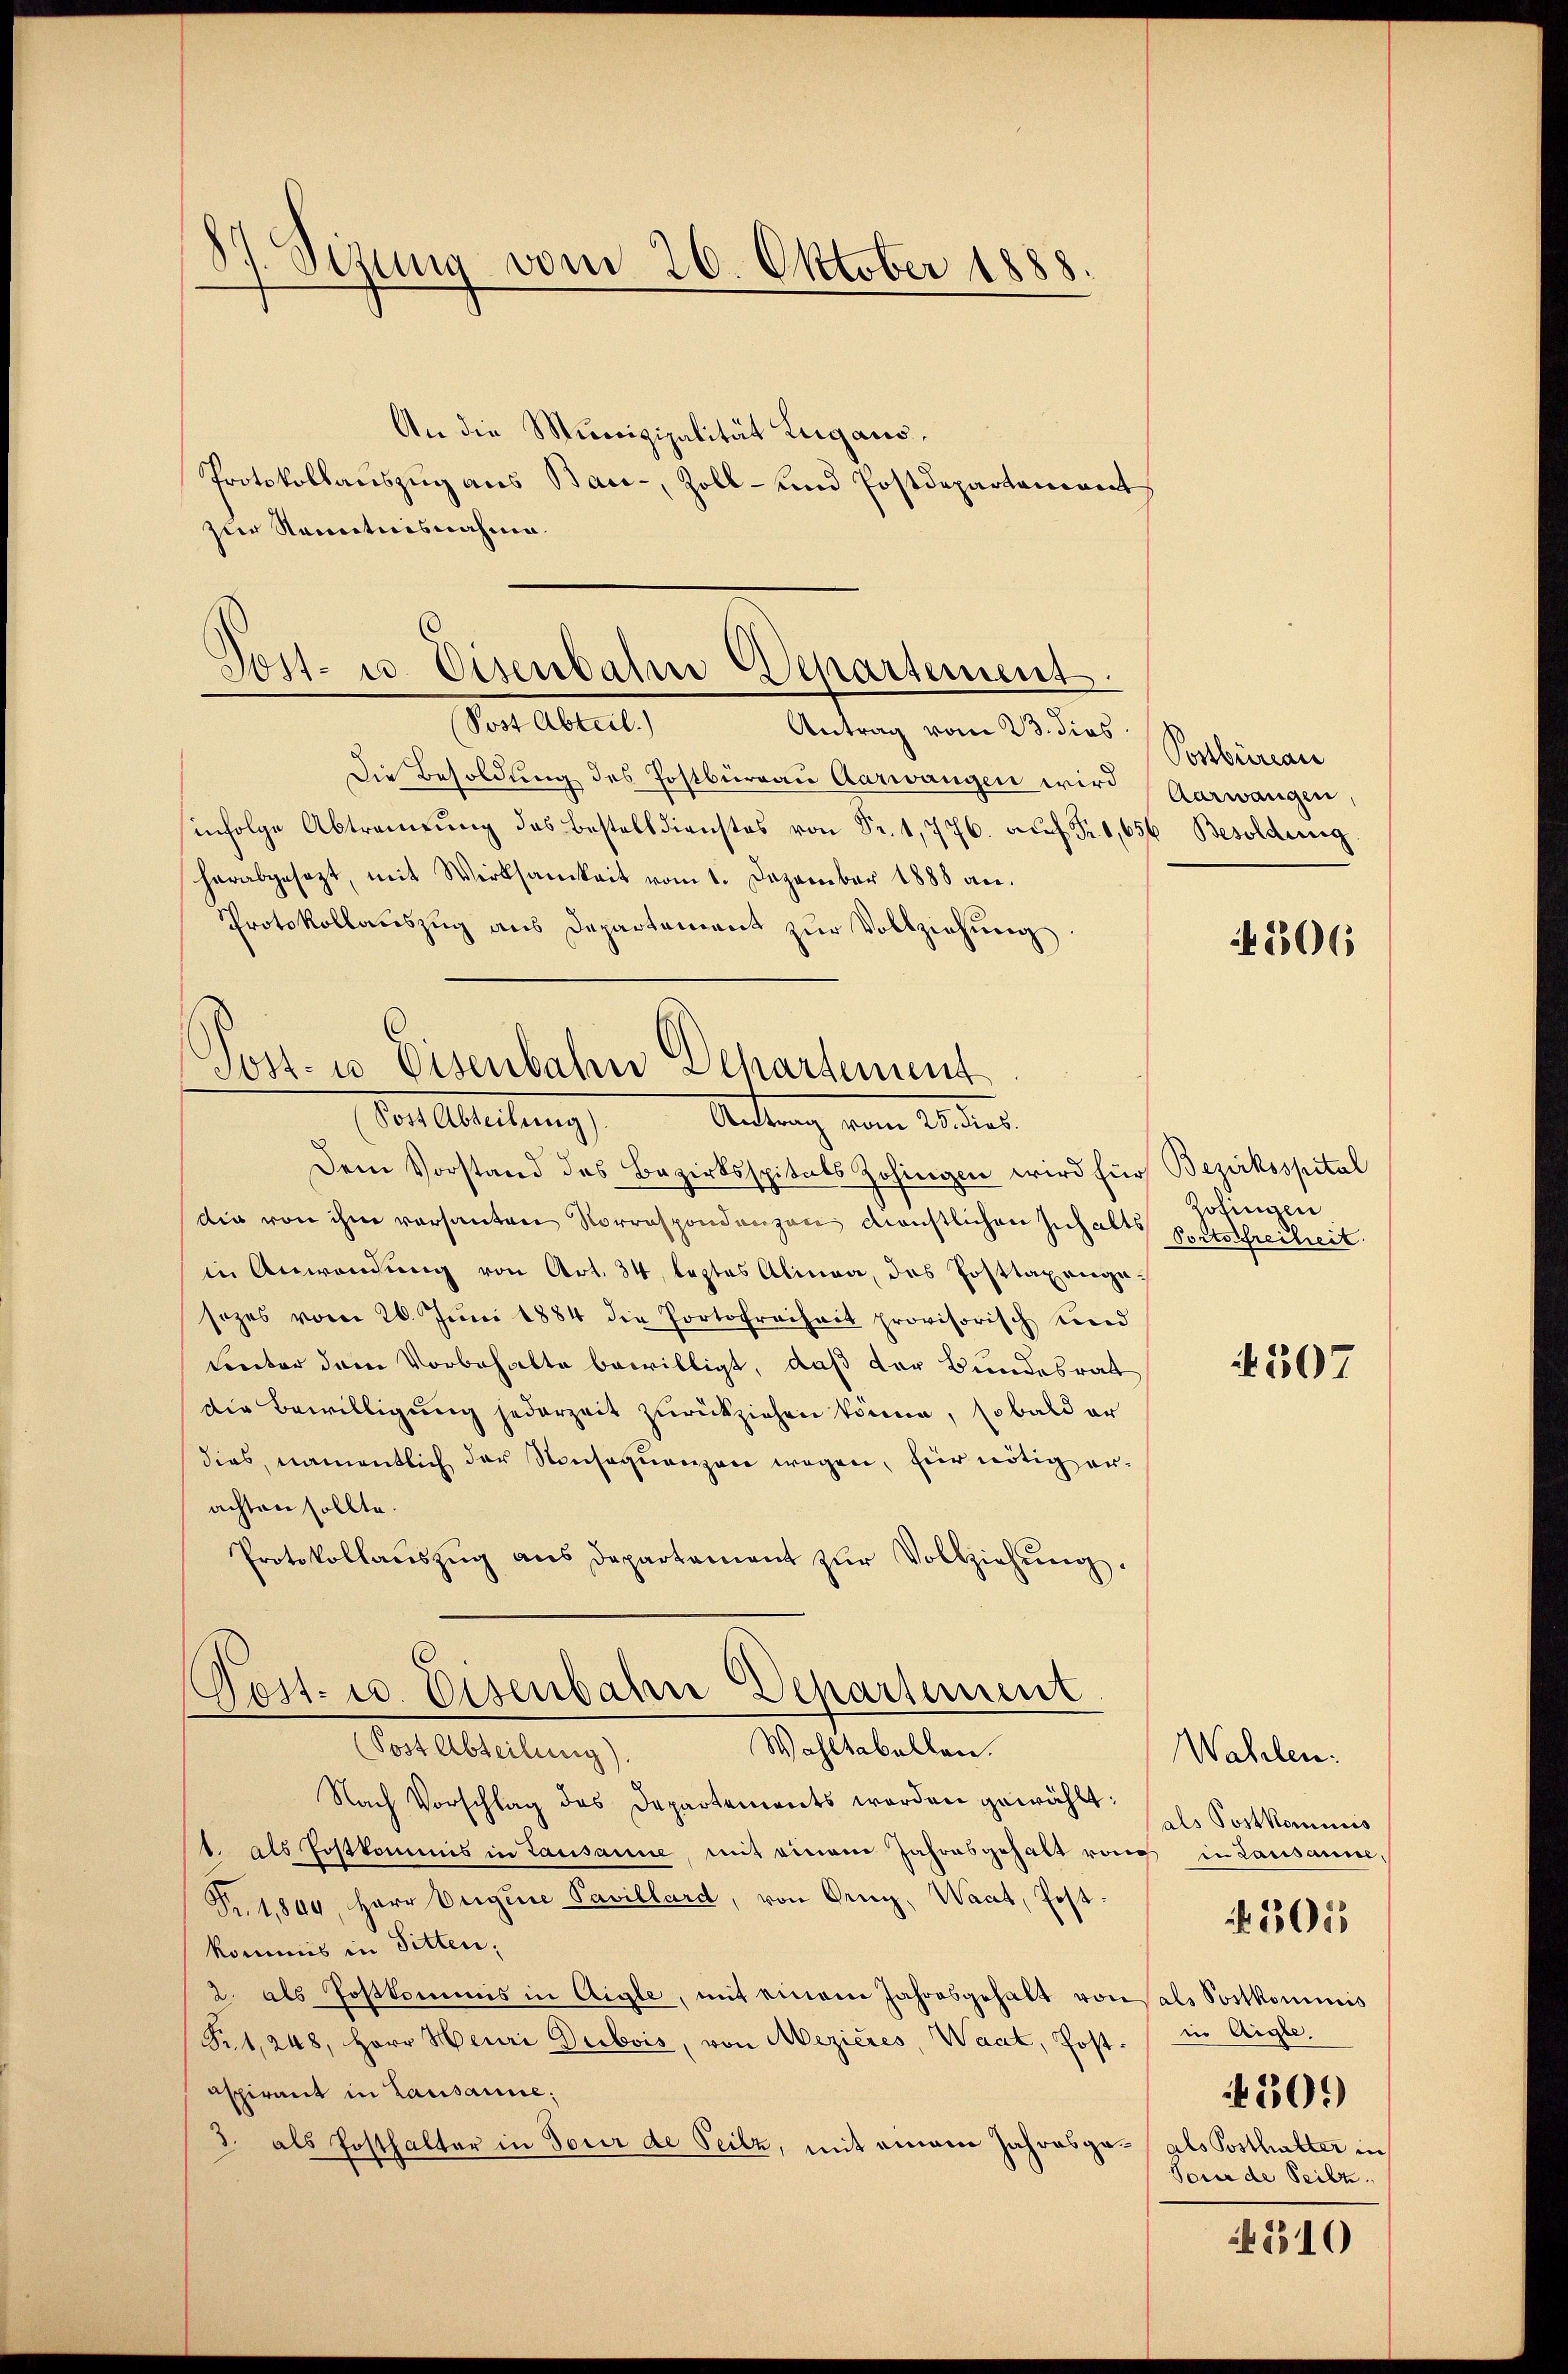
87. Sizung vom 26. Oktober 1888.
d

An die Munizipalität Lugano.
Protokollauszug aus Bau-, Zoll- und Postdepartement
zur Somitnisnahme.

Post- u. Disenbahre Departement.
(Post Abteil.)
Antrag vom 23. dies

Post- us Eisenbahn Departement
Vor Alleitung
Andung vom 2. der

Die Besoldung des Postbureau Aarwangen wird
infolge Abtrennung des Bestelldienstes von Fr. 1,776. aŭf Fr. 1,656 Besoldung
herabgesezt, mit Werksamkeit vom 1. Dezember 1888 an.
Protokollauszug aus Departement zŭr Vollziehung.

Dem Vorstand des Bezirksspitals Zofingen wird für Bezirksspital
die von ihm versanten Vorrespondenzen denstlichen Inhalts Fortschreiheit
in Anwendung von Art. 34, leztes Alinea, das Posttaxenge-
sezes vom 26. Jŭni 1884 die Portofreiheit provisorisch und
Lnter dem Vorbehalte bewilligt, daß der Bundesrat
Die Bewilligung jederzeit zurückziehen könne, sobald er
dies, namentlich der Konsequenzen wegen, für nötig erachten sollte.
Protokollaŭszŭg ans Departement zŭr Vollziehŭng.
Pest. u. Eisenbahn Departement

Wahltabellen.
(Post Abteilung).

Nach Vorschlag des Departements worden gewählt:
1. als Postkommis in Lausanne mit einem Jahresgehalt von in Lausanne
Pr1844, Herr Origine Pavillard, von Oeni, Waadt, Post
kommis in Sitten;
2. als Postkommis in Aigle, mit einem Jahresgehalt von sals Sortkommis
Set, 248, Herr Heuri Dubois, von Mezieres, Waat, Postaspirant in Lausanne;
3. als Posthalter in Tour de Teilz, mit einem Jahresge¬

Postbüreau
Aarwangen,

206

Zofingen

N 507

Wahlen.
als Postkominis
in Aigle.
301
als Posthalter in
Tour de Seilz

301

510